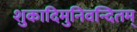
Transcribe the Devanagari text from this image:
शुकादिमुनिवन्दितम्